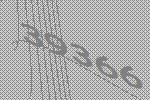
39366